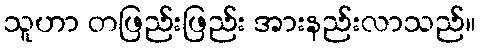
သူဟာ တဖြည်းဖြည်း အားနည်းလာသည်။